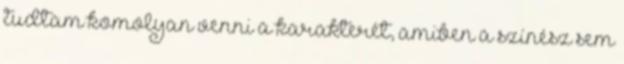
tudtam komolyan venni a karakterét, amiben a színész sem